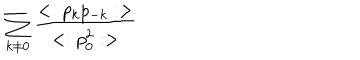
LaTeX: \sum _ { k \neq 0 } { \frac { < : p _ { k } p _ { - k } : > } { < : p _ { 0 } ^ { 2 } : > } }